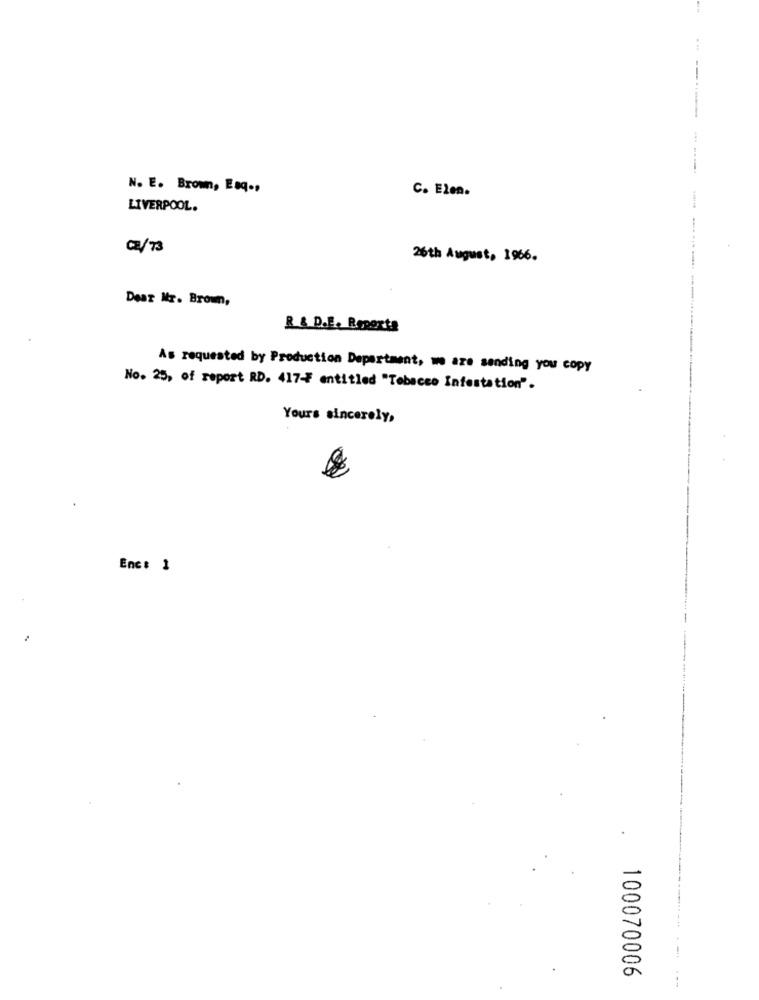
N. E. Brown, Enq .,
C. Elen.
LIVERPOOL.
C/ 73
26th August, 1966.
Dear Mr. Brown,
------------
R & D.E. Reporta
As requested by Production Department, we are sending you copy
No. 25, of report RD. 417- entitled "Tobacco Infestation".
Yours sincerely,
Enc: 1
--
100070006
--